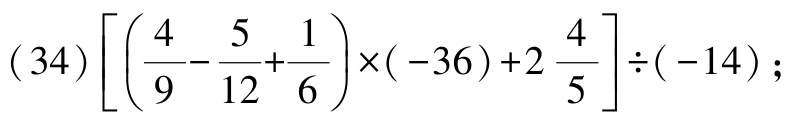
\((34)\left[\left(\dfrac{4}{9}-\dfrac{5}{12}+\dfrac{1}{6}\right)\times(-36)+2\dfrac{4}{5}\right]\div(-14);\)